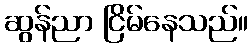
ဆွန်ညာ ငြိမ်နေသည်။